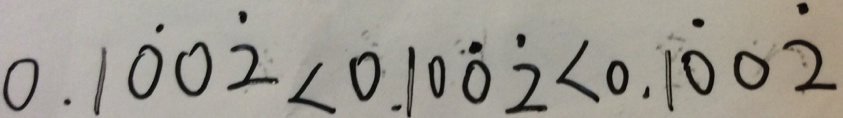
0 . 1 \dot { 0 } 0 \dot { 2 } < 0 . 1 0 \dot { 0 } \dot { 2 } < 0 . 1 \dot { 0 } 0 \dot { 2 }